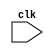
module concu_test
(input clk);

reg [3:0]a,b;
initial 
begin 
	a = 4'b1000;
	b = 4'b1100;
end

always @(clk)
	b<=a;
always @(clk)
	a<=b;

endmodule